Medical and sanitary report of the native army of Bengal for the year
Year: 1875
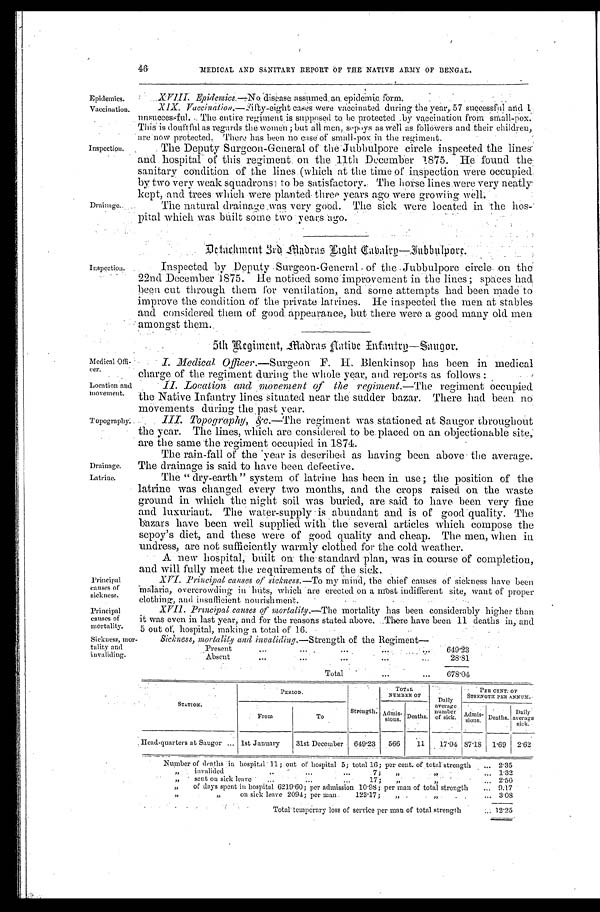
Epidemics.
Vaccination.
Medical Offi
-cer.
Location and
m ovement.
Topography.
Drainage.
Latrine.
Principal
causes of
sickness.
Principal
causes of
mortality.
Sickness, mo
r-tality and
invaliding.
46
MEDICAL AND SANITARY REPORT OF TEE NATIVE ARMY OF BENGAL.
Inspection.
Drainage.
XVIII. Epidemics.—No disease assumed an epidemic form.
XIX. Vaccination.—Fifty-eight cases were vaccinated during the year, 57 successful and I
unsuccessful. The entire regiment is supposed to be protected by vaccination from small-pox.
This is douftful as regards the women ; but all men, sepoys as well as followers and their children,
are now protected. There bits been no case of small-pox in the regiment.
The Deputy Surgeon-General of the Jubbulpore circle inspected the lines
-and hospital of this regiment on the . 11th December 1875. He found the
sanitary condition of the lines (which at the time of inspection were occupied
by two very weak squadrons) to be satisfactory. The horse lines were very neatly,
kept and trees which were planted three years ago were growing well.
The natural drainage ,was very good. The sick were located in the hos
-pital which was built some two Years ago.
Detachment 3rd Madras Light Cabalry—Jubbulpore.
Inspected by . Deputy Surgeon-General of the Jubbulpore circle on the
22nd December 1875. He noticed some improvement in the line; spaces had
b e e n c u t t h r o u g h t h e m f o r v e n t i l a t i o n , a n d s o m e a t t e m p t s h a d b e e n m a d e t o
improve the condition of the private latrines. He inspected the men at stables
and considered them of good appearance, but there were a good many old men
amongst them.
5th Regiment, Madras Aatibe Infantry—Saugor.
I. Medical Officer.—Surgeon F. H. Blenkinsop has been in medical
charge of the regiment during the whole year , and reports as follows :
II. Location and movement of the regiment. —The regiment occupied
the Native Infantry lines situate
d near the sadder bazar. There had been no
movements during the past year.
III. Topography, &c.—The regiment was . stationed at San or throughout
the year. The lines, which are considered to be placed on an objectionable site,
are the same the regiment occupied in 1874.
The rain-fall of the year is described as having been above the average.
The drainage is said to have been defective.
The "dry-earth" system of latrine has been in use; the position of the
latrine was changed every two months, and the crops raised on the waste
ground in which the night soil was buried, are said to have been very fine
and luxuriant. The water-supply is abundant and is of good quality. The
bazars have been well supplied with the several articles which compose the
sepoy's diet, and these were of good quality and cheap. The men, when in
undress, are not sufficiently warmly clothed for the cold weather.
A new hospital, built on the standard plan, was in course Of completion,
and will fully meet the requirements of the sick.
XVI. Principal causes of sickness. —To my Mind, the chief causes of sickness have been
malaria, overcrowding in huts, which are erected on a most indifferent site, want of proper
clothing, and insufficient nourishment.
XVII. Principal causes of mortality. —The mortality has been considerably higher than
it was even in last year; and for the reasons stated above. There have been 11 deaths in; and
5 out of, hospital, making a total of 16.
Sickness, mortality and invaliding. —Strength of the Regiment—
Present . . .
649.23
Absent . . .
28.81
T o t a l . . .
678.04
STATION.
PERIOD.
Strength.
TOTAL
NUMBER OF
Daily a v e r a g e
number
of sick.
P E R C E N T . O F
STRENGTH PER ANNUM.
From
To
Admis
-sions. Deaths.
Admis-sions
Deaths.
Daily
average
sick.
Head-quarters at Saugor . . . 1st January
31st December
6 4 9 . 2 3
566
11
17.04 87.18
1.69
2.62
Number of deaths in hospital 11; out of hospital 5; total 16; per cent. of totaI strength . . .
2.35
"
invalided
.
.
.
7; " " . . . 1.32
" s e n t o n s i c k
l e a v e . . .
1 7 ; " " . . .
2.50
" of days spent in hospital 6219'60; pet admission 10.98; per man of t o t a l s t r e n g t h . . .
9.17
" "on sick leave 2094; per man 123.17; " " . . . 3.08
Total temporary loss of service per m a n o f t o t a l s t r e n g t h . . .
12.25